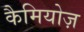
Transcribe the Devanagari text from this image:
कैमियोज़